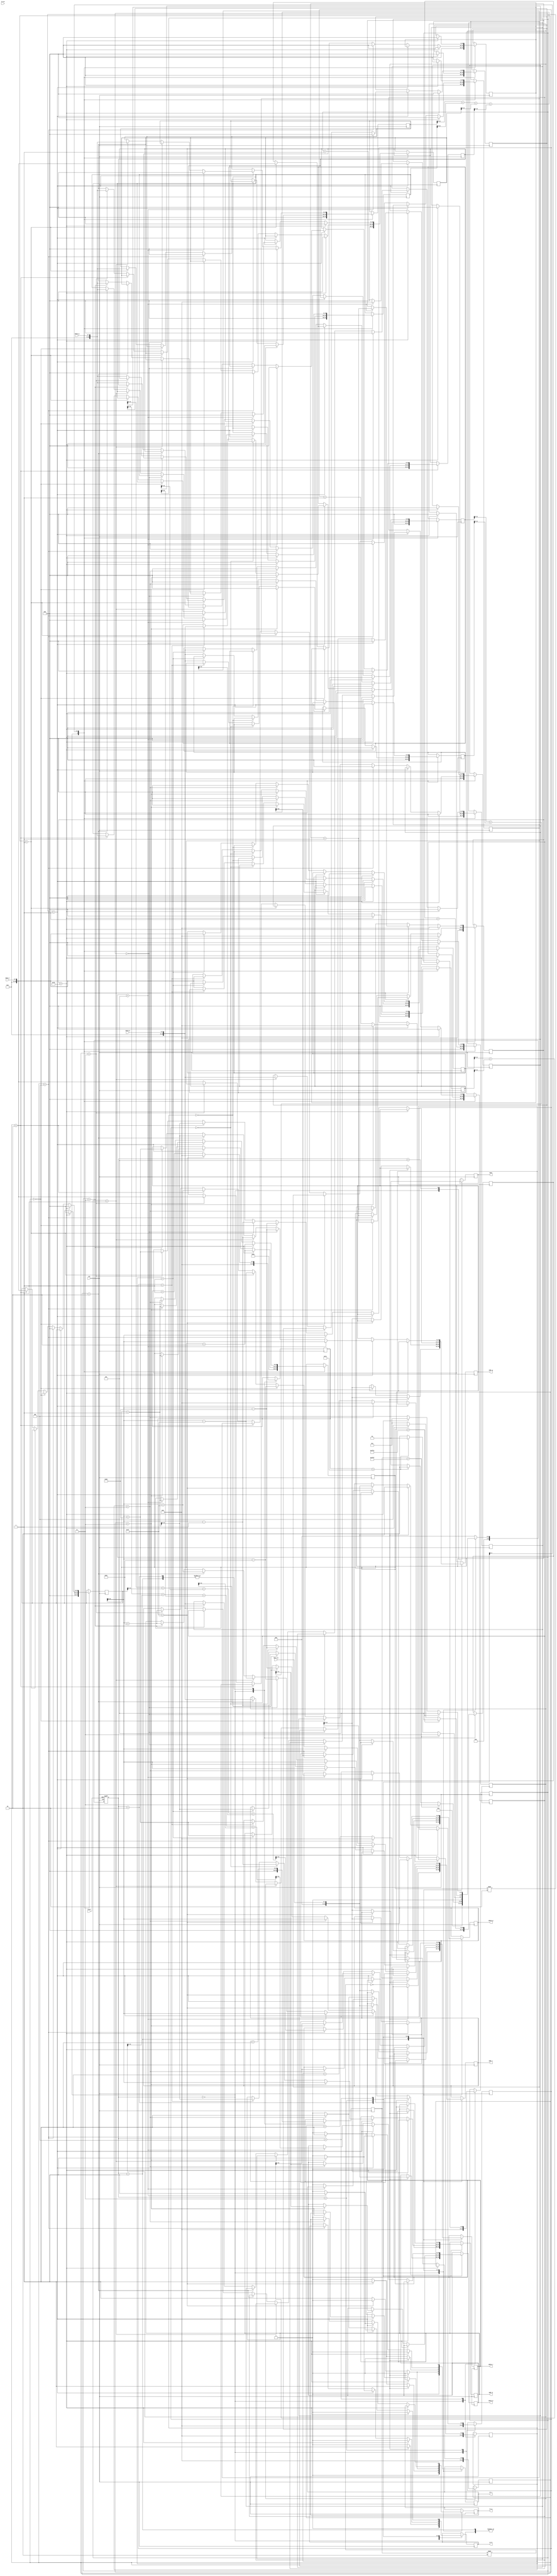
module demosaic(clk, reset, in_en, data_in, wr_r, addr_r, wdata_r, rdata_r, wr_g, addr_g, wdata_g, rdata_g, wr_b, addr_b, wdata_b, rdata_b, done);
input clk;
input reset;
input in_en;
input [7:0] data_in;
output reg wr_r;
output reg [13:0] addr_r;
output reg [10:0] wdata_r;
input [7:0] rdata_r;
output reg wr_g;
output reg [13:0] addr_g;
output reg [10:0] wdata_g;
input [7:0] rdata_g;
output reg wr_b;
output reg [13:0] addr_b;
output reg [10:0] wdata_b;
input [7:0] rdata_b;
output reg done;



reg[15:0] colum,row,position,red1,red2,red3,red4,red5,red6,colum1,
          blue1,blue2,blue3,blue4,blue5,blue6,
			 green1,green2,green3,green4,green5,green6;
reg[8:0] count,count1,a,b,c,d,e,state,n_state;

parameter INIT=6'd0,COLUM_STATE=6'd1,ROW_STATE=6'd2,CALCULATE_A_B=6'd3,
          CALCULATE_C_D=6'd4,CHECK=6'd5;
			 
			 

always @(posedge clk or posedge reset) 
begin
    if(reset) 
	   state = INIT;
	 else 
	   state = n_state;
end


always@(*)
begin
    case(state)  
      INIT:begin
		  n_state=COLUM_STATE;
		end
		
		COLUM_STATE:begin
		  if(colum>16383)
		    n_state=CALCULATE_A_B;
		  else
		    n_state=(count > 8'd126)?ROW_STATE:COLUM_STATE;
		end
		
		ROW_STATE:begin
		  if(colum>16383)
		    n_state=CALCULATE_A_B;
			 
		  else
		    n_state=(count > 8'd126)?COLUM_STATE:ROW_STATE;	
		end
		
		CALCULATE_A_B:begin
		  if(colum1>16254)
		    n_state=CHECK;
		  else
		    n_state=(count1>8'd125)?CALCULATE_C_D:CALCULATE_A_B;		
		end
		
		CALCULATE_C_D:begin
		  if(colum1>16254)
		    n_state=CHECK;
		  else
		    n_state=(count1>8'd125)?CALCULATE_A_B:CALCULATE_C_D;		
		
		end
		
		CHECK:begin
		  n_state=INIT;	
		end
		
		default:begin
		  n_state=INIT;	
		end 
	 endcase
end

always@(posedge clk)
begin

		  case(state)
		    INIT:begin
			   done<=0;
		      colum<=0;
				colum1<=129;
		      row<=0;
		      count<=0;
				count1<=0;
		      position<=0;
	         red1<=0;
				red2<=0;
				red3<=0;
				red4<=0;
				red5<=0;
				red6<=0;
				blue1<=0;
				blue2<=0;
				blue3<=0;
				blue4<=0;
				blue5<=0;
				blue6<=0;
				green1<=0;
				green2<=0;
				green3<=0;
				green4<=0;
				green5<=0;
				green6<=0;
            a<=0;
				b<=0;
				c<=0;
				d<=0;
				e<=0;
				wr_r<=0;
				wr_g<=0;
            wr_b<=0;				
			 end
			 
			 COLUM_STATE:begin
			   
			       if(colum%2==0)
				      begin
				        wr_g<=1;
						  wr_r<=0;
						  wr_b<=0; 
					     addr_g<=position;
					     position<=position+1;
					     wdata_g<=data_in;
					     colum<=colum+1;
						  if(count==127) count <= 0;
						  else count <=count +1;
					     
				      end
				    else
				      begin
					     
					     if(count==127) begin
						      count <= 0;
								wr_g<=1;
						      wr_r<=0;
						      wr_b<=0; 
					         addr_g<=position;
					         position<=position+1;
					         wdata_g<=data_in;
					         colum<=colum+1;
						  end
						  else begin 
						      count <=count +1;
								wr_r<=1;
						      wr_g<=0;
						      wr_b<=0;
					         addr_r<=position;
					         position<=position+1;
					         wdata_r<=data_in;
					         colum<=colum+1;
		              end				  
					   end
		  
			  end
			  
			  ROW_STATE:begin
			       if(colum%2==0)
				      begin
				        wr_b<=1;
						  wr_g<=0;
						  wr_r<=0;
					     addr_b<=position;
					     position<=position+1;
					     wdata_b<=data_in;
					     colum<=colum+1;
					     
						  if(count==127) count <= 0;
						  else count <=count +1;
				      end
				    else
				      begin
					     if(count==127) begin
						      count <= 0;
								wr_g<=0;
						      wr_b<=0;
	                     wr_r<=1;
					         addr_r<=position;
					         position<=position+1;
					         wdata_r<=data_in;
					         colum<=colum+1;
						  end
						  else begin
						      count <=count +1;
								wr_g<=1;
						      wr_b<=0;
	                     wr_r<=0;
					         addr_g<=position;
					         position<=position+1;
					         wdata_g<=data_in;
					         colum<=colum+1;
	                 end							
					   end		   	  			 			  
			  end
			  
			  CALCULATE_A_B:begin

			  
			    if(count1>125)
				   begin
					  colum1<=colum1+2;
					  count1<=0;
					  wr_b<=0;
					  wr_r<=0;					  
					  wr_g<=0;
	              red1<=0;
				     red2<=0;
				     red3<=0;
				     red4<=0;
				     red5<=0;
				     red6<=0;
				     blue1<=0;
				     blue2<=0;
				     blue3<=0;
				     blue4<=0;
				     blue5<=0;
				     blue6<=0;
				     green1<=0;
				     green2<=0;
				     green3<=0;
				     green4<=0;
				     green5<=0;
				     green6<=0;					  
					end
       		 else			
		         begin	    
			        if(colum1%2==1)
				       begin
					      if(a==3)
					        begin
					          wr_b<=1;
					          wr_r<=1;
					          red1<=0;
					          red2<=0;
					          blue1<=0;
					          blue2<=0;
					          addr_b<=colum1;
					          addr_r<=colum1;
					          wdata_b<=(blue1+blue2)>>1;
					          wdata_r<=(red1+red2)>>1;
					          colum1<=colum1+1;
							    count1<=count1+1;
								 a<=0;
					        end
						 
					      else
					       begin
						      wr_b<=0;
					         wr_r<=0;
								wr_g<=0;
						        if(a==0)
							       begin
							         a<=a+1;
								      addr_b<=colum1-1;								      	
								      addr_r<=colum1-128;
								     						  
							       end
							  
							     else if(a==1)
							       begin
									   red1<=rdata_r;
										blue1<=rdata_b;
							         a<=a+1;
								      addr_b<=colum1+1;

								      addr_r<=colum1+128; 							   
							       end
									else
									  begin
									    a<=a+1;  
									    red2<=rdata_r;
										 blue2<=rdata_b;
									 end
						     end
					    end
					
					    else
						   begin
					        if(b==4)
						       begin
					            wr_r<=1;
                           wr_g<=1;
							      red3<=0;
							      red4<=0;
							      red5<=0;
							      red6<=0;
							      green3<=0;
							      green4<=0;
							      green5<=0;
							      green6<=0;
							      addr_r<=colum1;
							      addr_g<=colum1;
							      wdata_r<=(red3+red4+red5+red6)>>2;
							      wdata_g<=(green3+green4+green5+green6)>>2;
							      count1<=count1+1;
							      colum1<=colum1+1;
									b<=0;
							    end
							
						     else
						       begin
					            wr_r<=0;
                           wr_g<=0;
									wr_b<=0;
							      if(b==0)
							        begin
                               addr_g<=colum1-128;
								       addr_r<=colum1-129;
								       
								       										
								       b<=b+1;
								     end
							      else if(b==1)
							        begin
                               addr_g<=colum1-1;
								       addr_r<=colum1-127;
								       red3<=rdata_r;
								       green3<=rdata_g;										
								       b<=b+1;								 
								     end	 
							      else if(b==2)
							        begin
                               addr_g<=colum1+1;
								       addr_r<=colum1+127;
								       red4<=rdata_r;
								       green4<=rdata_g;										
								       b<=b+1;									 
								     end
							      else if(b==3)
							        begin
                               addr_g<=colum1+128;
								       addr_r<=colum1+129;
								       red5<=rdata_r;
								       green5<=rdata_g;										
								       b<=b+1;								 						 
								     end
									else
									  begin
									    b<=b+1;
										 green6<=rdata_g;
									    red6<=rdata_r;
									  end
									
									
									
							  end   
					   end
			    	end		
			    end
			     
				  CALCULATE_C_D:begin
				    if(count1>125)
					   begin
					     colum1<=colum1+2;
					     count1<=0;
					     wr_b<=0;
					     wr_r<=0;					  
					     wr_b<=0;
	                 red1<=0;
				        red2<=0;
				        red3<=0;
				        red4<=0;
				        red5<=0;
				        red6<=0;
				        blue1<=0;
				        blue2<=0;
				        blue3<=0;
				        blue4<=0;
				        blue5<=0;
				        blue6<=0;
				        green1<=0;
				        green2<=0;
				        green3<=0;
				        green4<=0;
				        green5<=0;
				        green6<=0;							
						end
						
					 else
					   begin
						  if(colum1%2==1)
						    begin
							   if(c==5)
								  begin
								    wr_g<=1;
								    wr_b<=1;
				                blue3<=0;
									 blue4<=0;
									 blue5<=0;
									 blue6<=0;
				                green3<=0;
									 green4<=0;
									 green5<=0;
									 green6<=0;
                            addr_g<=colum1;
                            addr_b<=colum1;
								    wdata_g<=(green3+green4+green5+green6)>>2;
								    wdata_b<=(blue3+blue4+blue5+blue6)>>2;
								    colum1<=colum1+1;
								    count1<=count1+1;  
									 c<=0;
								  end
								else
								  begin
								    wr_g<=0;
								    wr_b<=0;
								    wr_r<=0;
								    if(c==0)
									   begin
										  c<=c+1;
										  addr_g<=colum1-128;
										  addr_b<=colum1-129;
										  
										  
										end
									 else if(c==1)
									   begin
										  c<=c+1;
										  addr_g<=colum1-1;
										  addr_b<=colum1-127;
										  green3<=rdata_g;
  									     blue3<=rdata_b;										  												
										end
									 else if(c==2)
									   begin
										  c<=c+1;
										  addr_g<=colum1+1;
										  addr_b<=colum1+127;
										  green4<=rdata_g;
  									     blue4<=rdata_b;										  			
										end
									 else if(c==3)
									   begin
									     c<=c+1;
										  addr_g<=colum1+128;
										  addr_b<=colum1+129;
										  blue5<=rdata_b;
  									     green5<=rdata_g;											  		  
									   end 
										
									else
									  begin
									    c<=c+1; 
										 blue6<=rdata_b;
										 green6<=rdata_g;
									  end
								  end
							 end
						  else
						    begin
							   if(d==3)
								  begin
								    wr_r<=1;
								    wr_b<=1;
				                blue1<=0;
									 blue2<=0;
				                red1<=0;
									 red2<=0;
                            addr_r<=colum1;
                            addr_b<=colum1;
								    wdata_r<=(red1+red2)>>1;
								    wdata_b<=(blue1+blue2)>>1;
								    colum1<=colum1+1;
								    count1<=count1+1; 
									 d<=0;
								  end
								else
								  begin
								    wr_r<=0;
									 wr_b<=0;
									 wr_g<=0;
									 if(d==0)
									   begin
										  d<=d+1;
										  addr_b<=colum1-128;
										  addr_r<=colum1-1;
										  
										  
										end
									 else if(d==1)
									   begin
										  d<=d+1;
										  addr_b<=colum1+128;
										  addr_r<=colum1+1;
										  red1<=rdata_r;
										  blue1<=rdata_b;									  	
										end
							       else 
									   begin
										  d<=d+1;
										  blue2<=rdata_b;
										  red2<=rdata_r;	
										end
								  end
							 end		   
					   end	
				  end
				  
				  
				  
				  
				  CHECK:begin
				    done<=1;  
				  end
				  		
		 endcase
	 
 end
endmodule